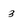
Character: 3